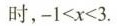
时，$$- 1 < x < 3$$.